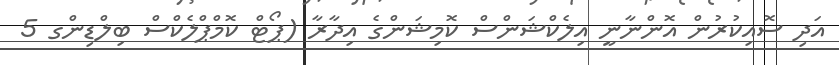
އަދި ސޮއިކުރުން އޮންނާނީ އިލެކްޝަންސް ކޮމިޝަންގެ އިދާރާ (ޕޯޓް ކޮމްޕްލެކްސް ބިލްޑިންގ 5